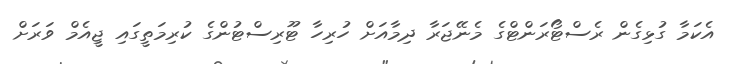
އެކަމާ ގުޅިގެން ރެސްޓޯރަންޓްގެ މެނޭޖަރާ ދިމާއަށް ހުރިހާ ޓޫރިސްޓުންގެ ކުރިމަތީގައި ޖީއެމް ވަރަށް